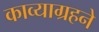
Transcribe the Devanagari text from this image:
काव्याग्रहने